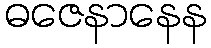
ဓဇေနာနေန